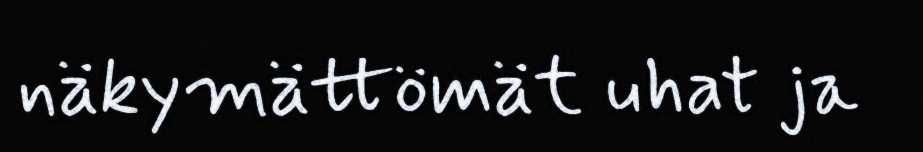
näkymättömät uhat ja